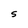
Character: S